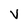
Character: V